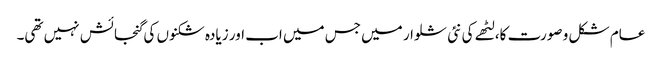
عام شکل و صورت کا، لٹھے کی نئی شلوار میں جس میں اب اور زیادہ شکنوں کی گنجائش نہیں تھی۔